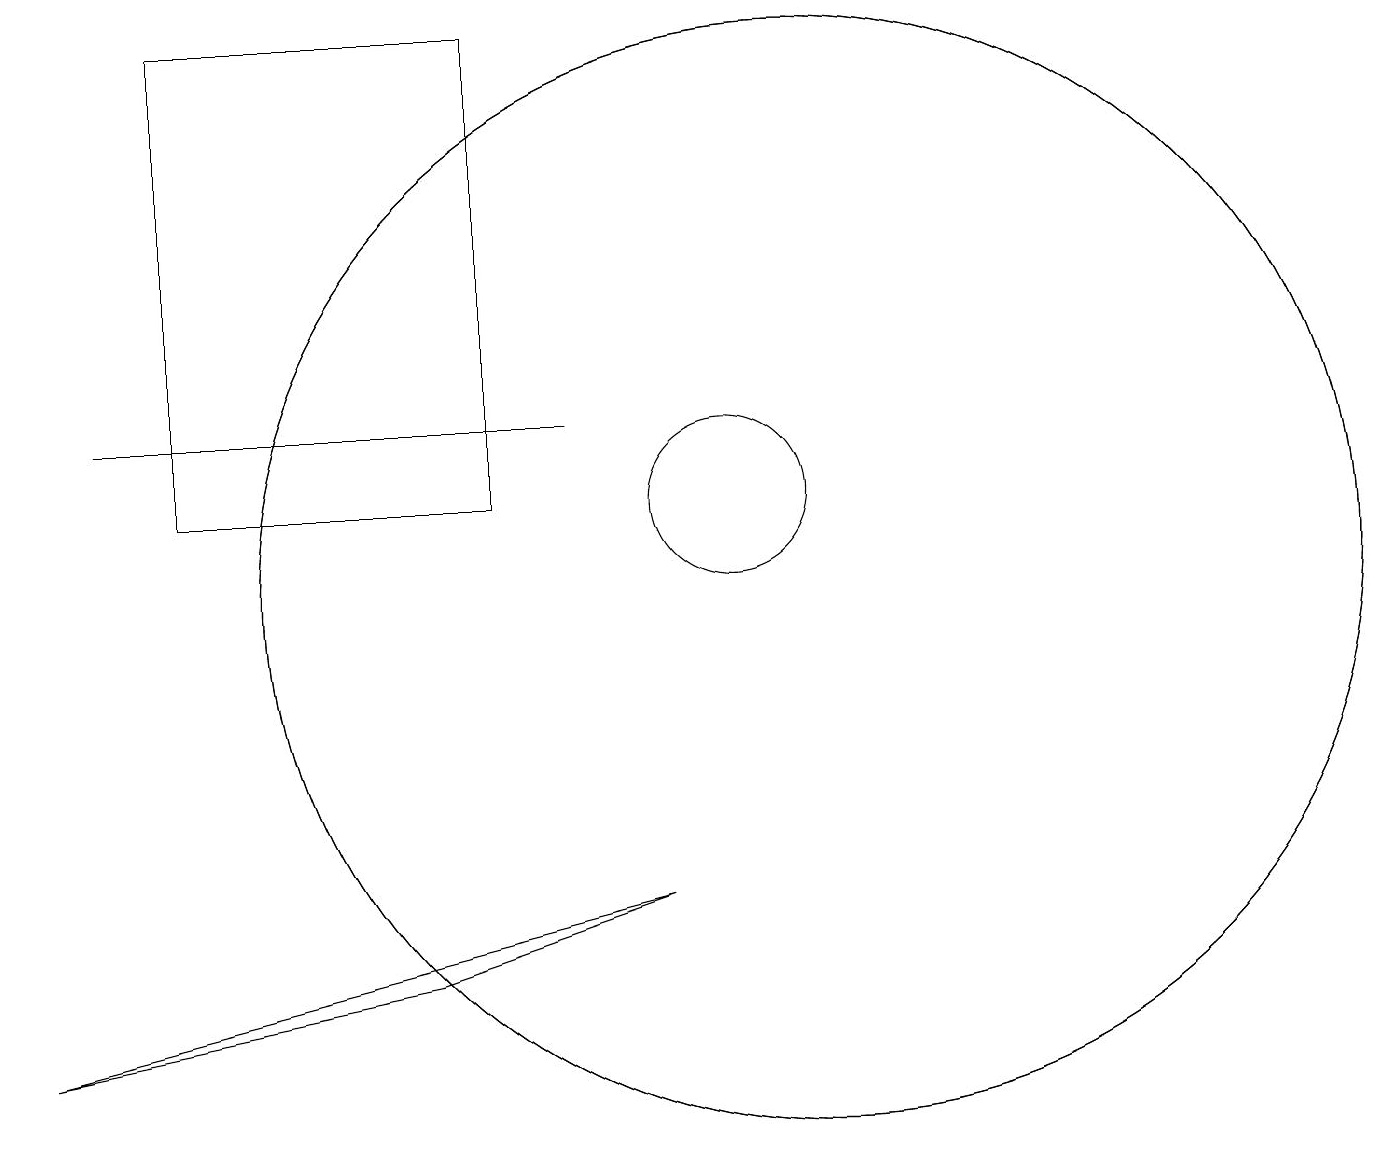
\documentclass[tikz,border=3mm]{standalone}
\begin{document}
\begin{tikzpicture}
\draw (11,10) circle (7);
\draw (10,11) circle (1);
\draw (11,10) circle (7);
\draw (6,5) -- (9,6) -- (1,4) -- cycle;
\draw (3,11) rectangle (7,17);
\draw (8,12) rectangle (2,12);
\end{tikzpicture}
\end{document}